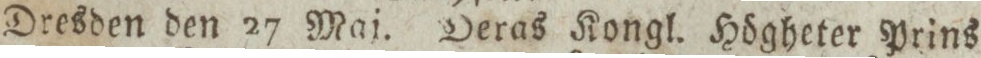
Dresden den 27 Maj. Deras Kongl. Högheter Prins